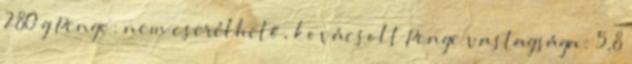
280 g Penge: nem cserélhető, kovácsolt Penge vastagsága: 5,8